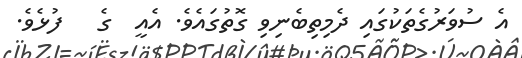
އެ ސުވަރުގެތަކުގައި ދެމިތިބެނިވި ގޮތުގައެވެ. އެއީ  ގެ   ފުޅެވެ.